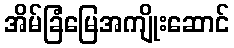
အိမ်ခြံမြေအကျိုးဆောင်